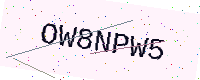
Text: OW8NPW5